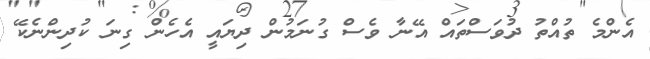
އެންމެ ތުއްތު ދުވަސްތައް އޭނާ ވެސް ގުނަމުން ދިޔައީ އެހެން ގިނަ ކުދިންނެކޭ